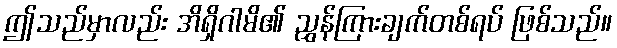
ဤသည်မှာလည်း အိရှိဂါမိ၏ ညွှန်ကြားချက်တစ်ရပ် ဖြစ်သည်။